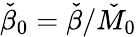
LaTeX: \check{\beta}_{0}=\check{\beta}/\check{M}_{0}